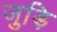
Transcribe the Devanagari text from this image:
जुड़ि